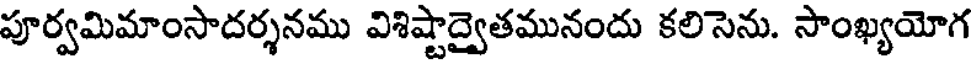
పూర్వమిమాంసాదర్శనము విశిష్టాద్వైతమునందు కలిసెను. సాంఖ్యయోగ